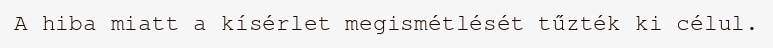
A hiba miatt a kísérlet megismétlését tűzték ki célul.